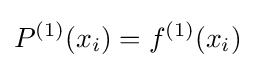
P^{(1)}(x_{i})=f^{(1)}(x_{i})